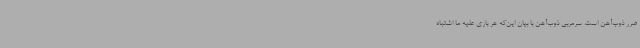
ضرر ذوب‌آهن است. سرمربی ذوب‌آهن با بیان این‌که هر بازی علیه ما اشتباه